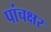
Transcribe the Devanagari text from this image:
पांचक्षर